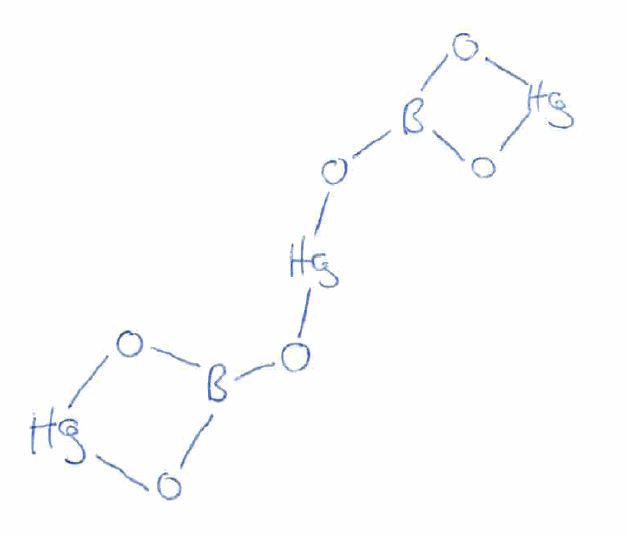
Simplified molecular-input line-entry system (SMILES) notation of the given molecule:
B1(O[Hg]O1)O[Hg]OB2O[Hg]O2